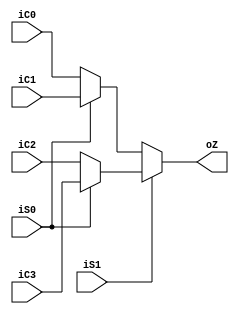
module MUX_5bit(
    input [4:0] iC0,
    input [4:0] iC1,
    input [4:0] iC2,
    input [4:0] iC3,
    input iS1,
    input iS0,
    output [4:0] oZ
    );
reg[31:0] tmpt;
    always@(*)
    begin
       if(iS1==0)
            begin
                if(iS0==0)
                    tmpt = iC0;
                else 
                    tmpt = iC1;
            end
       else
            begin
                if(iS0==0)
                    tmpt = iC2;
                else 
                    tmpt = iC3; 
            end  
    end
    assign oZ = tmpt;
endmodule